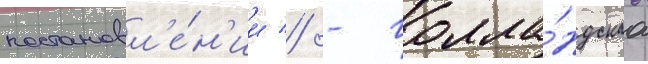
постановл'е́н'ии // - голла́ндскаа